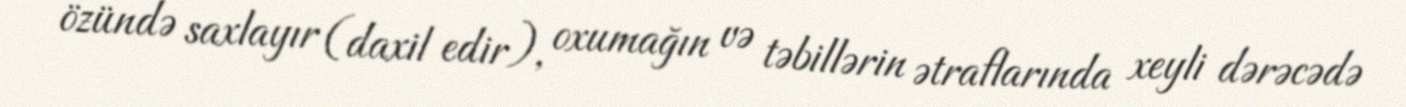
özündə saxlayır (daxil edir), oxumağın və təbillərin ətraflarında xeyli dərəcədə